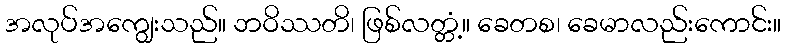
အလုပ်အကျွေးသည်။ ဘဝိဿတိ၊ ဖြစ်လတ္တံ့။ ခေတစ၊ ခေမာလည်းကောင်း။